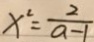
x ^ { 2 } = \frac { 2 } { a - 1 }